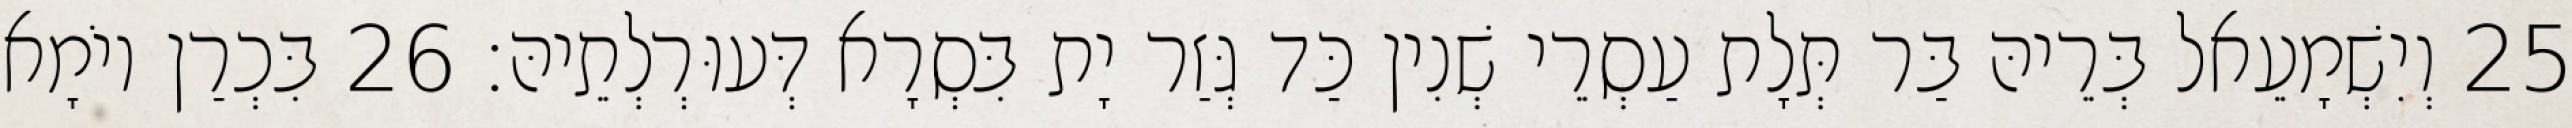
25 וְיִשְׁמָעֵאל בְּרֵיהּ בַּר תְּלָת עַסְרֵי שְׁנִין כַּד גְּזַר יָת בִּסְרָא דְּעוּרְלְתֵיהּ׃ 26 בִּכְרַן יוֹמָא